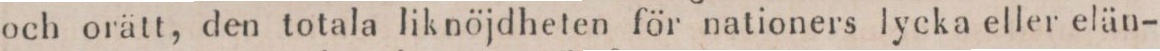
och orätt, den totala liknöjdheten för nationers lycka eller elän-